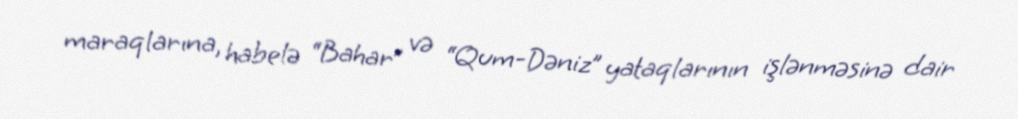
maraqlarına, habelə “Bahar” və “Qum-Dəniz” yataqlarının işlənməsinə dair